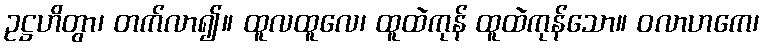
ဥဋ္ဌဟိတွာ၊ တက်လာ၍။ ထူလထူလေ၊ ထူထဲကုန် ထူထဲကုန်သော။ ဝလာဟကေ၊